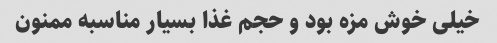
خیلی خوش مزه بود و حجم غذا بسیار مناسبه ممنون